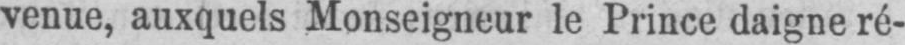
venue, auxquels Monseigneur le Prince daigne ré-